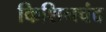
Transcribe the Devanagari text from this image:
किशिनचंद